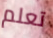
تعلم